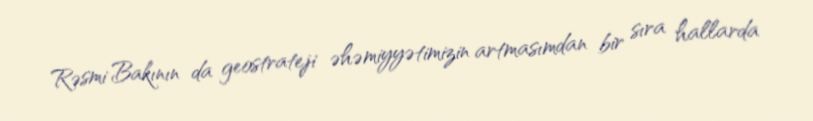
Rəsmi Bakının da geostrateji əhəmiyyətimizin artmasımdan bir sıra hallarda